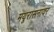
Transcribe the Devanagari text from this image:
मयूरासनावर